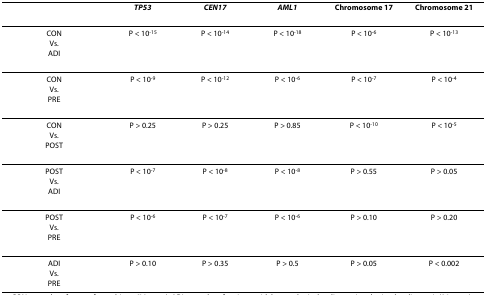
<table><thead><tr><td></td><td><b><i>TP53</i></b></td><td><b><i>CEN17</i></b></td><td><b><i>AML1</i></b></td><td><b>Chromosome 17</b></td><td><b>Chromosome 21</b></td></tr></thead><tbody><tr><td>CONVs.ADI</td><td>P &lt; 10<sup>-15</sup></td><td>P &lt; 10<sup>-14</sup></td><td>P &lt; 10<sup>-18</sup></td><td>P &lt; 10<sup>-6</sup></td><td>P &lt; 10<sup>-13</sup></td></tr><tr><td>CONVs.PRE</td><td>P &lt; 10<sup>-9</sup></td><td>P &lt; 10<sup>-12</sup></td><td>P &lt; 10<sup>-6</sup></td><td>P &lt; 10<sup>-7</sup></td><td>P &lt; 10<sup>-4</sup></td></tr><tr><td>CONVs.POST</td><td>P &gt; 0.25</td><td>P &gt; 0.25</td><td>P &gt; 0.85</td><td>P &lt; 10<sup>-10</sup></td><td>P &lt; 10<sup>-5</sup></td></tr><tr><td>POSTVs.ADI</td><td>P &lt; 10<sup>-7</sup></td><td>P &lt; 10<sup>-8</sup></td><td>P &lt; 10<sup>-8</sup></td><td>P &gt; 0.55</td><td>P &gt; 0.05</td></tr><tr><td>POSTVs.PRE</td><td>P &lt; 10<sup>-6</sup></td><td>P &lt; 10<sup>-7</sup></td><td>P &lt; 10<sup>-6</sup></td><td>P &gt; 0.10</td><td>P &gt; 0.20</td></tr><tr><td>ADIVs.PRE</td><td>P &gt; 0.10</td><td>P &gt; 0.35</td><td>P &gt; 0.5</td><td>P &gt; 0.05</td><td>P &lt; 0.002</td></tr></tbody></table>